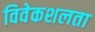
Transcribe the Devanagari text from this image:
विवेकशलता